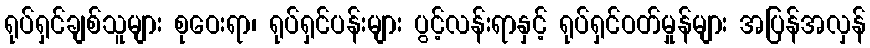
ရုပ်ရှင်ချစ်သူများ စုဝေးရာ၊ ရုပ်ရှင်ပန်းများ ပွင့်လန်းရာနှင့် ရုပ်ရှင်ဝတ်မှုန်များ အပြန်အလှန်